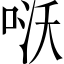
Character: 𠴎